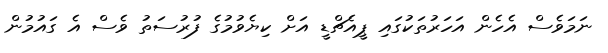
ނަމަވެސް އެހެން އަހަރުތަކުގައި ޕީއެޗްޑީ އަށް ކިޔެވުމުގެ ފުރުސަތު ވެސް އެ ގައުމުން